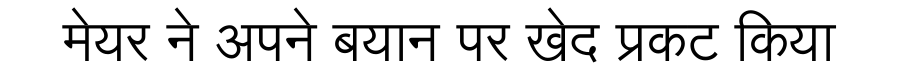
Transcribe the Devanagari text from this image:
मेयर ने अपने बयान पर खेद प्रकट किया